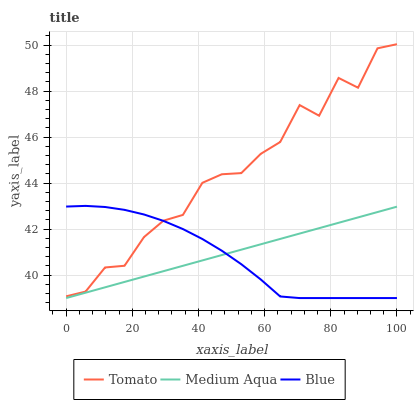
| xaxis_label | Tomato | Medium Aqua | Blue |
 | --- | --- | --- | --- |
 | 0 | 39.1 | 39 | 43 |
 | 5.88 | 39.3 | 39.2 | 43 |
 | 11.8 | 40.3 | 39.5 | 43 |
 | 17.6 | 40.4 | 39.7 | 42.8 |
 | 23.5 | 41.7 | 39.9 | 42.6 |
 | 29.4 | 42.4 | 40.2 | 42.4 |
 | 35.3 | 42.6 | 40.4 | 42 |
 | 41.2 | 44 | 40.6 | 41.6 |
 | 47.1 | 44.4 | 40.9 | 41.1 |
 | 52.9 | 44.4 | 41.1 | 40.5 |
 | 58.8 | 45.3 | 41.3 | 39.8 |
 | 64.7 | 45.8 | 41.6 | 39.1 |
 | 70.6 | 47.4 | 41.8 | 39 |
 | 76.5 | 46.9 | 42 | 39 |
 | 82.4 | 48.6 | 42.3 | 39 |
 | 88.2 | 48.1 | 42.5 | 39 |
 | 94.1 | 49.9 | 42.7 | 39 |
 | 100 | 50 | 43 | 39 |